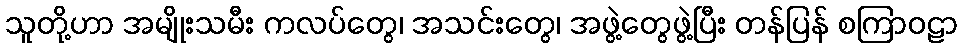
သူတို့ဟာ အမျိုးသမီး ကလပ်တွေ၊ အသင်းတွေ၊ အဖွဲ့တွေဖွဲ့ပြီး တန်ပြန် စကြာဝဠာ